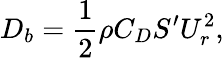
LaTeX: D_{b}=\frac{1}{2}\rho C_{D}S^{\prime}U_{r}^{2},